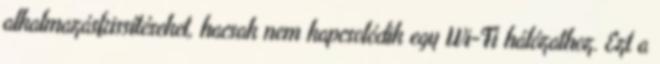
alkalmazásfrissítéseket, hacsak nem kapcsolódik egy Wi-Fi hálózathoz. Ezt a